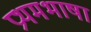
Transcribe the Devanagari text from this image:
प्रथमभाषा